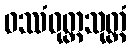
ဝဿံဝုတ္ထသုတ္တံ